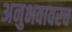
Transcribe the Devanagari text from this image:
अनुभवावरच